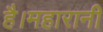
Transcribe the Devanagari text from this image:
है।महारानी